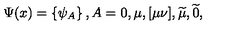
\Psi ( x ) = \left\{ \psi _ { A } \right\} , A = 0 , \mu , [ \mu \nu ] , \widetilde { \mu } , \widetilde { 0 } ,